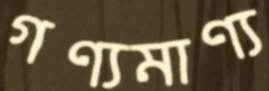
গণ্যমাণ্য